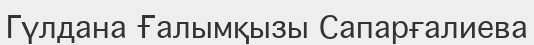
Гүлдана Ғалымқызы Сапарғалиева